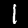
Label: 1